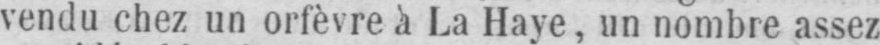
vendu chez un orfèvre à La Haye, un nombre assez